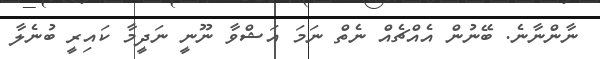
ނާންނާނެ. ބޭނުން އެއްޗެއް ނެތް ނަމަ އަޝްވާ ނޫނީ ނަދީމާ ކައިރީ ބުނެލާ